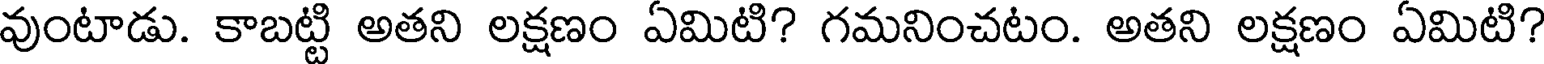
వుంటాడు. కాబట్టి అతని లక్షణం ఏమిటి? గమనించటం. అతని లక్షణం ఏమిటి?